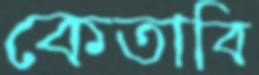
কেতাবি